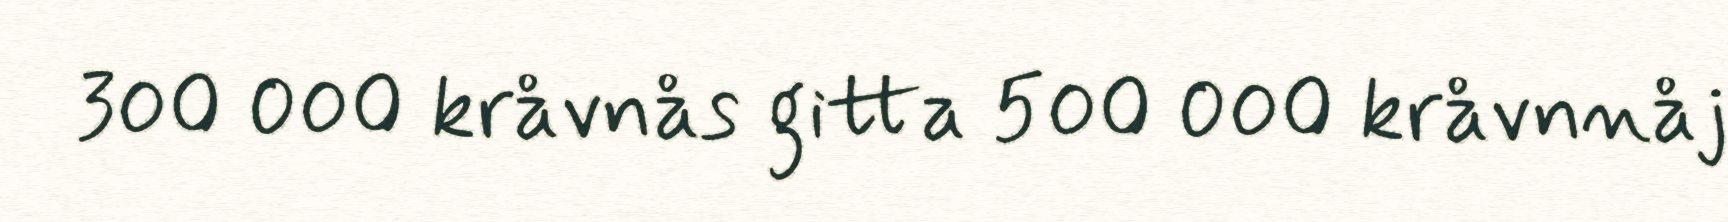
300 000 kråvnås gitta 500 000 kråvnnåj